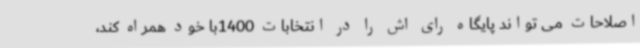
اصلاحات می تواند پایگاه رای اش را در انتخابات 1400با خود همراه کند،